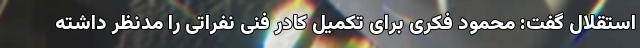
استقلال گفت: محمود فکری برای تکمیل کادر فنی نفراتی را مدنظر داشته